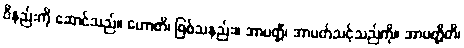
ဝိနည်းကို ဆောင်သည်။ ဟောတိ၊ ဖြစ်သနည်း။ အာပတ္တိံ၊ အာပတ်သင့်သည်ကို။ အာပတ္တီတိ၊